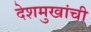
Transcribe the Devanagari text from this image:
देशमुखांची